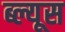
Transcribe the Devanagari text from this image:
ब्ल्यूस